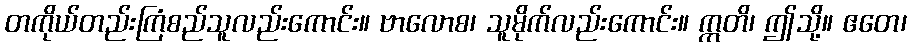
တကိုယ်တည်းကြံစည်သူလည်းကောင်း။ ဗာလောစ၊ သူမိုက်လည်းကောင်း။ ဣတိ၊ ဤသို့။ ဧတေ၊